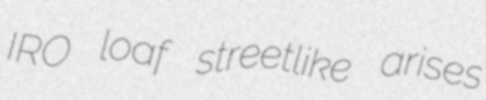
IRO loaf streetlike arises